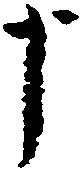
十